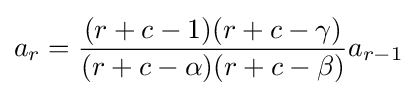
a_{r}={\frac {(r+c-1)(r+c-\gamma )}{(r+c-\alpha )(r+c-\beta )}}a_{r-1}